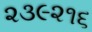
૨૩૯૨૧૬